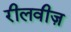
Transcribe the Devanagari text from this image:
रीलवीज़